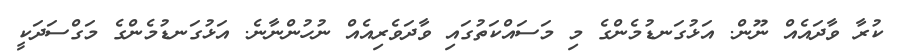
ކުރާ ވާދައެއް ނޫން. އަޅުގަނޑުމެންގެ މި މަސައްކަތުގައި ވާދަވެރިއެއް ނުހުންނާނެ. އަޅުގަނޑުމެންގެ މަގްސަދަކީ